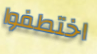
اختطفوا